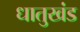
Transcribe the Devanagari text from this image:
धातुखंड